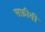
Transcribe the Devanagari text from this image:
सफ़ीवी